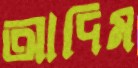
আদিম